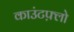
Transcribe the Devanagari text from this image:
काउंटफ़्लो